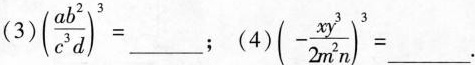
(3)$$(\frac{ab^{2}}{c^{3}d})^{3} = ___ $$；(4)$$ (- \frac{xy^{3}}{2m^{2}n})^{3} = ___ $$。